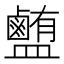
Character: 𰥉